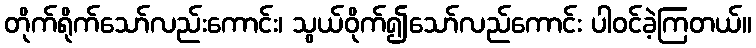
တိုက်ရိုက်သော်လည်းကောင်း၊ သွယ်ဝိုက်၍သော်လည်ကောင်း ပါဝင်ခဲ့ကြတယ်။